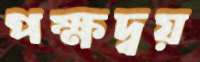
পক্ষদ্বয়